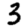
Digit: 3